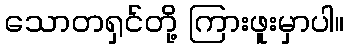
သောတရှင်တို့ ကြားဖူးမှာပါ။